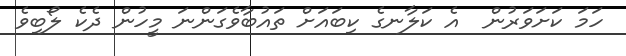
ހަމަ ކަށަވަރުން  އެ ކަލާނގެ ކިބައަށް ތައުބާވެގަންނަ މީހުން ދެކެ ލޯބިވެ